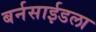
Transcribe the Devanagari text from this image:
बर्नसाईडला